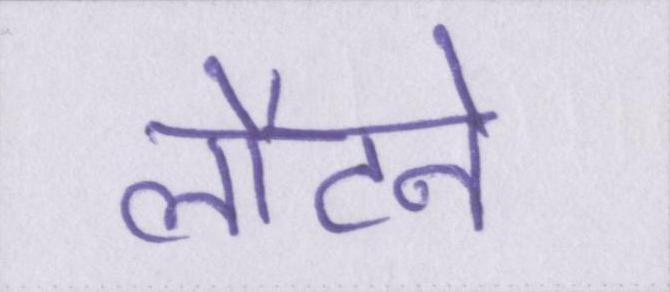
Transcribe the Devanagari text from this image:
लौटने